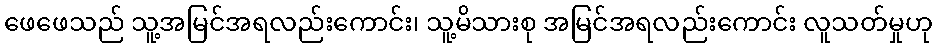
ဖေဖေသည် သူ့အမြင်အရလည်းကောင်း၊ သူ့မိသားစု အမြင်အရလည်းကောင်း လူသတ်မှုဟု